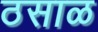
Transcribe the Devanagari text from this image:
ठसाळ